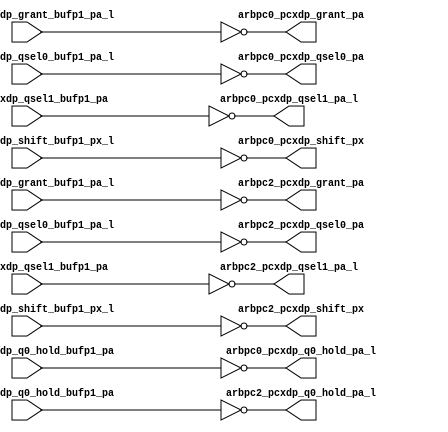
module pcx_buf_pdl_even(/*AUTOARG*/
   // Outputs
   arbpc0_pcxdp_grant_pa, arbpc0_pcxdp_q0_hold_pa_l, 
   arbpc0_pcxdp_qsel0_pa, arbpc0_pcxdp_qsel1_pa_l, 
   arbpc0_pcxdp_shift_px, arbpc2_pcxdp_grant_pa, 
   arbpc2_pcxdp_q0_hold_pa_l, arbpc2_pcxdp_qsel0_pa, 
   arbpc2_pcxdp_qsel1_pa_l, arbpc2_pcxdp_shift_px, 
   // Inputs
   arbpc0_pcxdp_grant_bufp1_pa_l, arbpc0_pcxdp_q0_hold_bufp1_pa, 
   arbpc0_pcxdp_qsel0_bufp1_pa_l, arbpc0_pcxdp_qsel1_bufp1_pa, 
   arbpc0_pcxdp_shift_bufp1_px_l, arbpc2_pcxdp_grant_bufp1_pa_l, 
   arbpc2_pcxdp_q0_hold_bufp1_pa, arbpc2_pcxdp_qsel0_bufp1_pa_l, 
   arbpc2_pcxdp_qsel1_bufp1_pa, arbpc2_pcxdp_shift_bufp1_px_l
   );


   output 		arbpc0_pcxdp_grant_pa		;	
   output 		arbpc0_pcxdp_q0_hold_pa_l		;
   output 		arbpc0_pcxdp_qsel0_pa		;	
   output 		arbpc0_pcxdp_qsel1_pa_l		;	
   output 		arbpc0_pcxdp_shift_px		;	

   output 		arbpc2_pcxdp_grant_pa		;	
   output 		arbpc2_pcxdp_q0_hold_pa_l		;
   output 		arbpc2_pcxdp_qsel0_pa		;	
   output 		arbpc2_pcxdp_qsel1_pa_l		;	
   output 		arbpc2_pcxdp_shift_px		;	

   
   input 		arbpc0_pcxdp_grant_bufp1_pa_l;	
   input 		arbpc0_pcxdp_q0_hold_bufp1_pa;
   input 		arbpc0_pcxdp_qsel0_bufp1_pa_l;	
   input 		arbpc0_pcxdp_qsel1_bufp1_pa;	
   input 		arbpc0_pcxdp_shift_bufp1_px_l;	

   input 		arbpc2_pcxdp_grant_bufp1_pa_l;	
   input 		arbpc2_pcxdp_q0_hold_bufp1_pa;
   input 		arbpc2_pcxdp_qsel0_bufp1_pa_l;	
   input 		arbpc2_pcxdp_qsel1_bufp1_pa;	
   input 		arbpc2_pcxdp_shift_bufp1_px_l;	


   assign		arbpc0_pcxdp_grant_pa	   =        ~arbpc0_pcxdp_grant_bufp1_pa_l;           
   assign		arbpc0_pcxdp_q0_hold_pa_l  =        ~arbpc0_pcxdp_q0_hold_bufp1_pa;  
   assign		arbpc0_pcxdp_qsel0_pa	   =        ~arbpc0_pcxdp_qsel0_bufp1_pa_l;      
   assign		arbpc0_pcxdp_qsel1_pa_l	   =        ~arbpc0_pcxdp_qsel1_bufp1_pa;    
   assign		arbpc0_pcxdp_shift_px	   =        ~arbpc0_pcxdp_shift_bufp1_px_l;      
								                                                   
								                                                   
   assign		arbpc2_pcxdp_grant_pa	   =        ~arbpc2_pcxdp_grant_bufp1_pa_l;      	
   assign		arbpc2_pcxdp_q0_hold_pa_l  =        ~arbpc2_pcxdp_q0_hold_bufp1_pa;  
   assign		arbpc2_pcxdp_qsel0_pa	   =        ~arbpc2_pcxdp_qsel0_bufp1_pa_l;      
   assign		arbpc2_pcxdp_qsel1_pa_l	   =        ~arbpc2_pcxdp_qsel1_bufp1_pa;    
   assign		arbpc2_pcxdp_shift_px	   =        ~arbpc2_pcxdp_shift_bufp1_px_l;      
								                                                   
   

endmodule